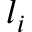
l _ { i }